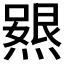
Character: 𭶃